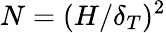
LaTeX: N=(H/\delta_{T})^{2}